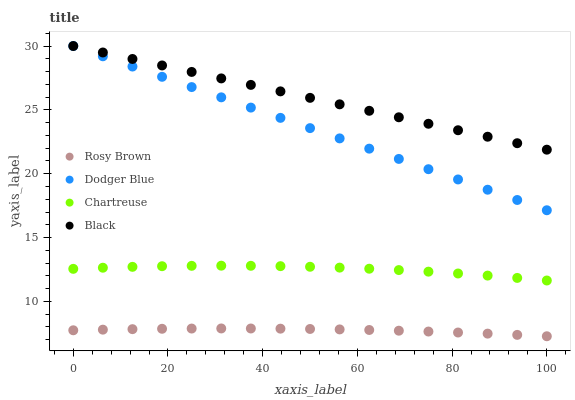
| xaxis_label | Rosy Brown | Dodger Blue | Chartreuse | Black |
 | --- | --- | --- | --- | --- |
 | 0 | 7.74 | 30 | 12.6 | 30 |
 | 6.25 | 7.79 | 29.2 | 12.6 | 29.5 |
 | 12.5 | 7.83 | 28.4 | 12.7 | 29 |
 | 18.8 | 7.86 | 27.6 | 12.8 | 28.5 |
 | 25 | 7.87 | 26.8 | 12.8 | 28 |
 | 31.2 | 7.88 | 26 | 12.8 | 27.5 |
 | 37.5 | 7.88 | 25.2 | 12.8 | 27 |
 | 43.8 | 7.87 | 24.4 | 12.8 | 26.4 |
 | 50 | 7.84 | 23.6 | 12.7 | 25.9 |
 | 56.2 | 7.81 | 22.8 | 12.6 | 25.4 |
 | 62.5 | 7.76 | 22 | 12.6 | 24.9 |
 | 68.8 | 7.71 | 21.2 | 12.5 | 24.4 |
 | 75 | 7.64 | 20.4 | 12.3 | 23.9 |
 | 81.2 | 7.56 | 19.6 | 12.2 | 23.4 |
 | 87.5 | 7.48 | 18.7 | 12 | 22.9 |
 | 93.8 | 7.38 | 17.9 | 11.8 | 22.4 |
 | 100 | 7.27 | 17.1 | 11.6 | 21.9 |